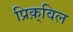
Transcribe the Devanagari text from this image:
प्रिक़्विल